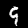
Label: 9